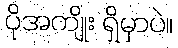
ပိုအကျိုး ရှိမှာပဲ။